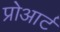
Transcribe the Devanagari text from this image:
प्रोआर्ट